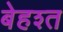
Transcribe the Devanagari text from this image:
बेहश्त